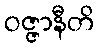
ဝဇ္ဇာနီတိ